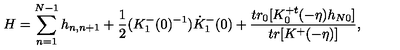
H = \sum _ { n = 1 } ^ { N - 1 } h _ { n , n + 1 } + \frac { 1 } { 2 } ( K _ { 1 } ^ { - } ( 0 ) ^ { - 1 } ) \dot { K } _ { 1 } ^ { - } ( 0 ) + \frac { t r _ { 0 } [ K _ { 0 } ^ { + t } ( - \eta ) h _ { N 0 } ] } { t r [ K ^ { + } ( - \eta ) ] } ,